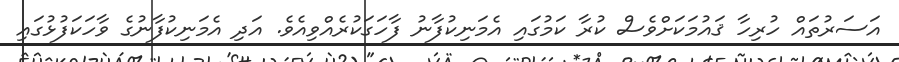
އަސަރުތައް ހުރިހާ ޤައުމަކަށްވެސް ކުރާ ކަމުގައި އެމަނިކުފާނު ފާހަގަކުރެއްވިއެވެ. އަދި އެމަނިކުފާނުގެ ވާހަކަފުޅުގައި